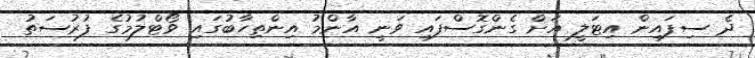
ދެ ސިފައިން އިޓަލީ އަށް ގެންގޮސްފައި ވަނީ އާންމު އިންތިހާބުގައި ވޯޓްލުމުގެ ފުރުސަތު